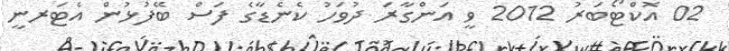
02 އޮކްޓޯބަރު 2012 ވީ އަންގާރަ ދުވަހު ކެނެޑާގެ ފަސް ބޭފުޅުން އެޓަރނީ